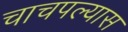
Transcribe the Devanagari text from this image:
चाचपल्यास